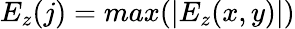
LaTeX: E_{z}(j)=max(|E_{z}(x,y)|)